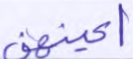
أعينهن